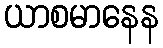
ယာစမာနေန